Annual report of the Civil Veterinary Department, Bengal, for the year 1897-98 - 1897-1898
Year: 1897
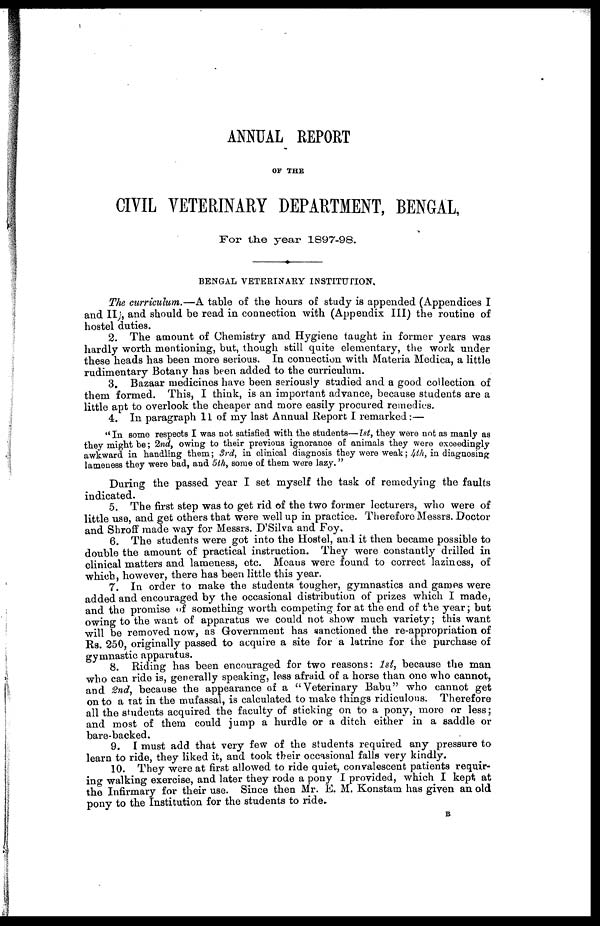
ANNUAL REPORT
OF THE
CIVIL VETERINARY DEPARTMENT, BENGAL,
For the year 1897-98.
♦
BENGAL VETERINARY INSTITUTION.
The curriculum.—A table of the hours of study is appended (Appendices I
and II , and should be read in connection with (Appendix III) the routine of
hostel duties.
2. The amount of Chemistry and Hygiene taught in former years was
hardly worth mentioning, but, though still quite elementary, the work under
these heads has been more serious. In connection with Materia Medica, a little
rudimentary Botany has been added to the curriculum.
3. Bazaar medicines have been seriously studied and a good collection of
them formed. This, I think, is an important advance, because students are a
little apt to overlook the cheaper and more easily procured remedies.
4. In paragraph 11 of my last Annual Report I remarked:—
"In some respects I was not satisfied with the students—1st, they were not as manly as
they might be; 2nd, owing to their previous ignorance of animals they were exceedingly
awkward in handling them; 3rd, in clinical diagnosis they were weak; 4th, in diagnosing
lameness they were bad, and 5th, some of them wore lazy."
During the passed year I set myself the task of remedying the faults
indicated.
5. The first step was to get rid of the two former lecturers, who were of
little use, and get others that were well up in practice. Therefore Messrs. Doctor
and Shroff made way for Messrs. D'Silva and Foy.
6. The students were got into the Hostel, and it then became possible to
double the amount of practical instruction. They wore constantly drilled in
clinical matters and lameness, etc. Mcans were found to correct, laziness, of
which, however, there has been little this year.
7. In order to make the students tougher, gymnastics and games were
added and encouraged by the occasional distribution of prizes which I made,
and the promise of something worth competing for at the end of the year; but
owing to the want of apparatus we could not show much variety; this want
will be removed now, as Government has sanctioned the re-appropriation of
Rs. 250 originally passed to acquire a site for a latrine for the purchase of
gymnastic apparatus.
8. Riding has been encouraged for two reasons: 1st, because the man
who can ride is, generally speaking, less afraid of a horse than one who cannot,
and 2nd, because the appearance of a "Veterinary Babu" who cannot get
on to a tat in the mufassal, is calculated to make things ridiculons. Therefore
all the students acquired the faculty of sticking on to a pony, more or less;
and most of them could jump a hurdle or a ditch either in a saddle or
bare-backed.
9. I must add that very few of the students required any pressure to
learn to ride, they liked it, and took their occasional falls very kindly.
10. They were at first allowed to ride quiet, convalescent patients requir-
ing- walking exercise, and later they rode a pony I provided, which I kept at
the Infirmary for their use. Since then Mr. E. M. Konstam has given an old
pony to the Institution for the students to ride.
B